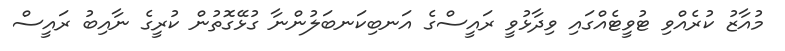
މުއާޒު ކުރެއްވި ޓުވީޓެއްގައި ވިދާޅުވީ ރައީސްގެ އަނބިކަނބަލުންނާ ގުޅޭގޮތުން ކުރީގެ ނާއިބު ރައީސް